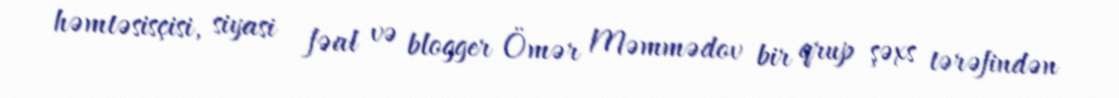
həmtəsisçisi, siyasi fəal və blogger Ömər Məmmədov bir qrup şəxs tərəfindən